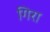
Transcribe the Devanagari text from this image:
गिरा